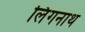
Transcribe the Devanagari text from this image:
लिंगनाथ